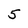
Character: 5